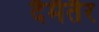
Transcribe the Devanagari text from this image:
दैमैतैर